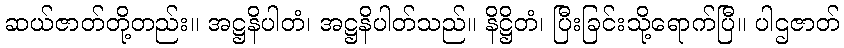
ဆယ်ဇာတ်တို့တည်း။ အဋ္ဌနိပါတံ၊ အဋ္ဌနိပါတ်သည်။ နိဋ္ဌိတံ၊ ပြီးခြင်းသို့ရောက်ပြီ။ ပါဌဇာတ်